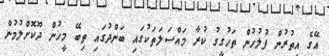
އޭގެ އިތުރުން ފުލުހުން ތަހުގީގު ކުރާ މައްސަލަތަކުގައި ބަންދުގައި ތިބޭ މީހުން ދޫކޮށްލުމުން